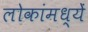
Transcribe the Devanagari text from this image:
लोकांमध्यें